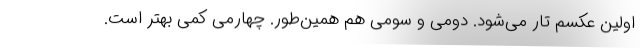
اولین عکسم تار می‌شود. دومی و سومی هم همین‌طور. چهارمی کمی بهتر است.